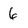
Character: 6